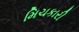
મિચકારી